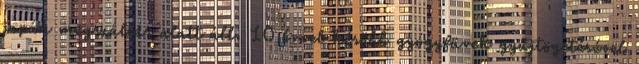
japán megszállás alatt áll. 10 évvel később gyógyfüvek gyűjtögetésével